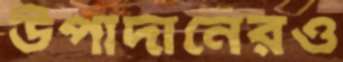
উপাদানেরও